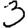
Digit: 3